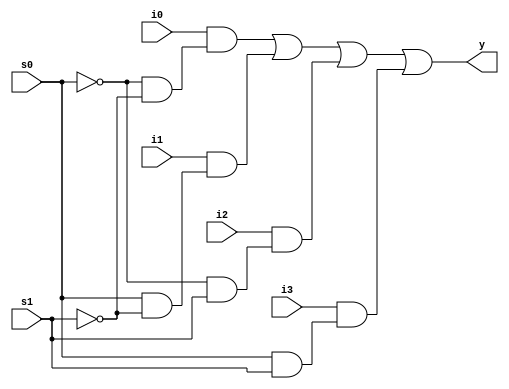
module mult(
  input i0,i1,i2,i3,s0,s1,
  output y);
  
  assign y=(i0&((~s0)&(~s1)))|(i1&(s0&(~s1)))|(i2&((~s0)&s1))|(i3&(s0&s1));
  
endmodule